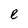
Character: e